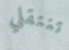
تنتقلي